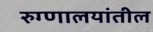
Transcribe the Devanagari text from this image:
रुग्णालयांतील